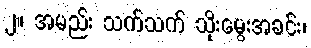
၂။ အမည်း သက်သက် သိုးမွေးအခင်း၊